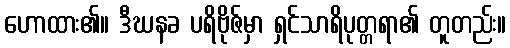
ဟောထား၏။ ဒီဃနခ ပရိဗိုဇ်မှာ ရှင်သာရိပုတ္တရာ၏ တူတည်း။